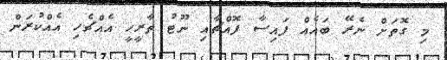
މި ގޮތަށް ނެރޭ ބައެއް ފައިސާ ފޮއްޗާއި ނޫޓު ތާރީހީ އެއްޗެހި އެއްކުރަން